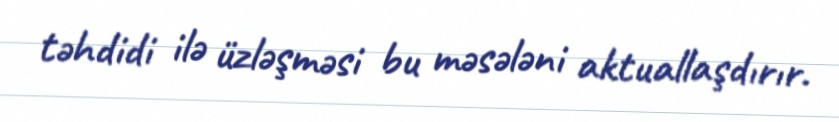
təhdidi ilə üzləşməsi bu məsələni aktuallaşdırır.